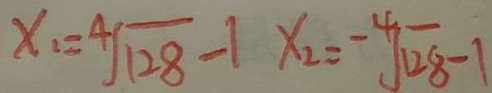
x _ { 1 } = \sqrt [ 4 ] { 1 2 8 } - 1 x _ { 2 } = \sqrt [ - 4 ] { 1 2 8 } - 1